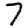
Digit: 7